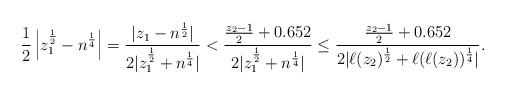
LaTeX: \begin{align*}\frac{1}{2}\left|z_1^\frac{1}{2} - n^\frac{1}{4} \right| = \frac{|z_1 - n^\frac{1}{2}|}{2|z_1^\frac{1}{2} + n^\frac{1}{4}|} < \frac{\frac{z_2 - 1}{2} + 0.652}{2|z_1^\frac{1}{2} + n^\frac{1}{4}|} \le \frac{\frac{z_2 - 1}{2} + 0.652}{2|\ell(z_2)^\frac{1}{2} + \ell(\ell(z_2))^\frac{1}{4}|}.\end{align*}